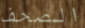
الصحف